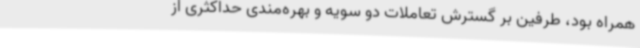
همراه بود، طرفین بر گسترش تعاملات دو سویه و بهره‌مندی حداکثری از